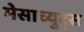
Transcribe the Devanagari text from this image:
मेसाच्युट्स